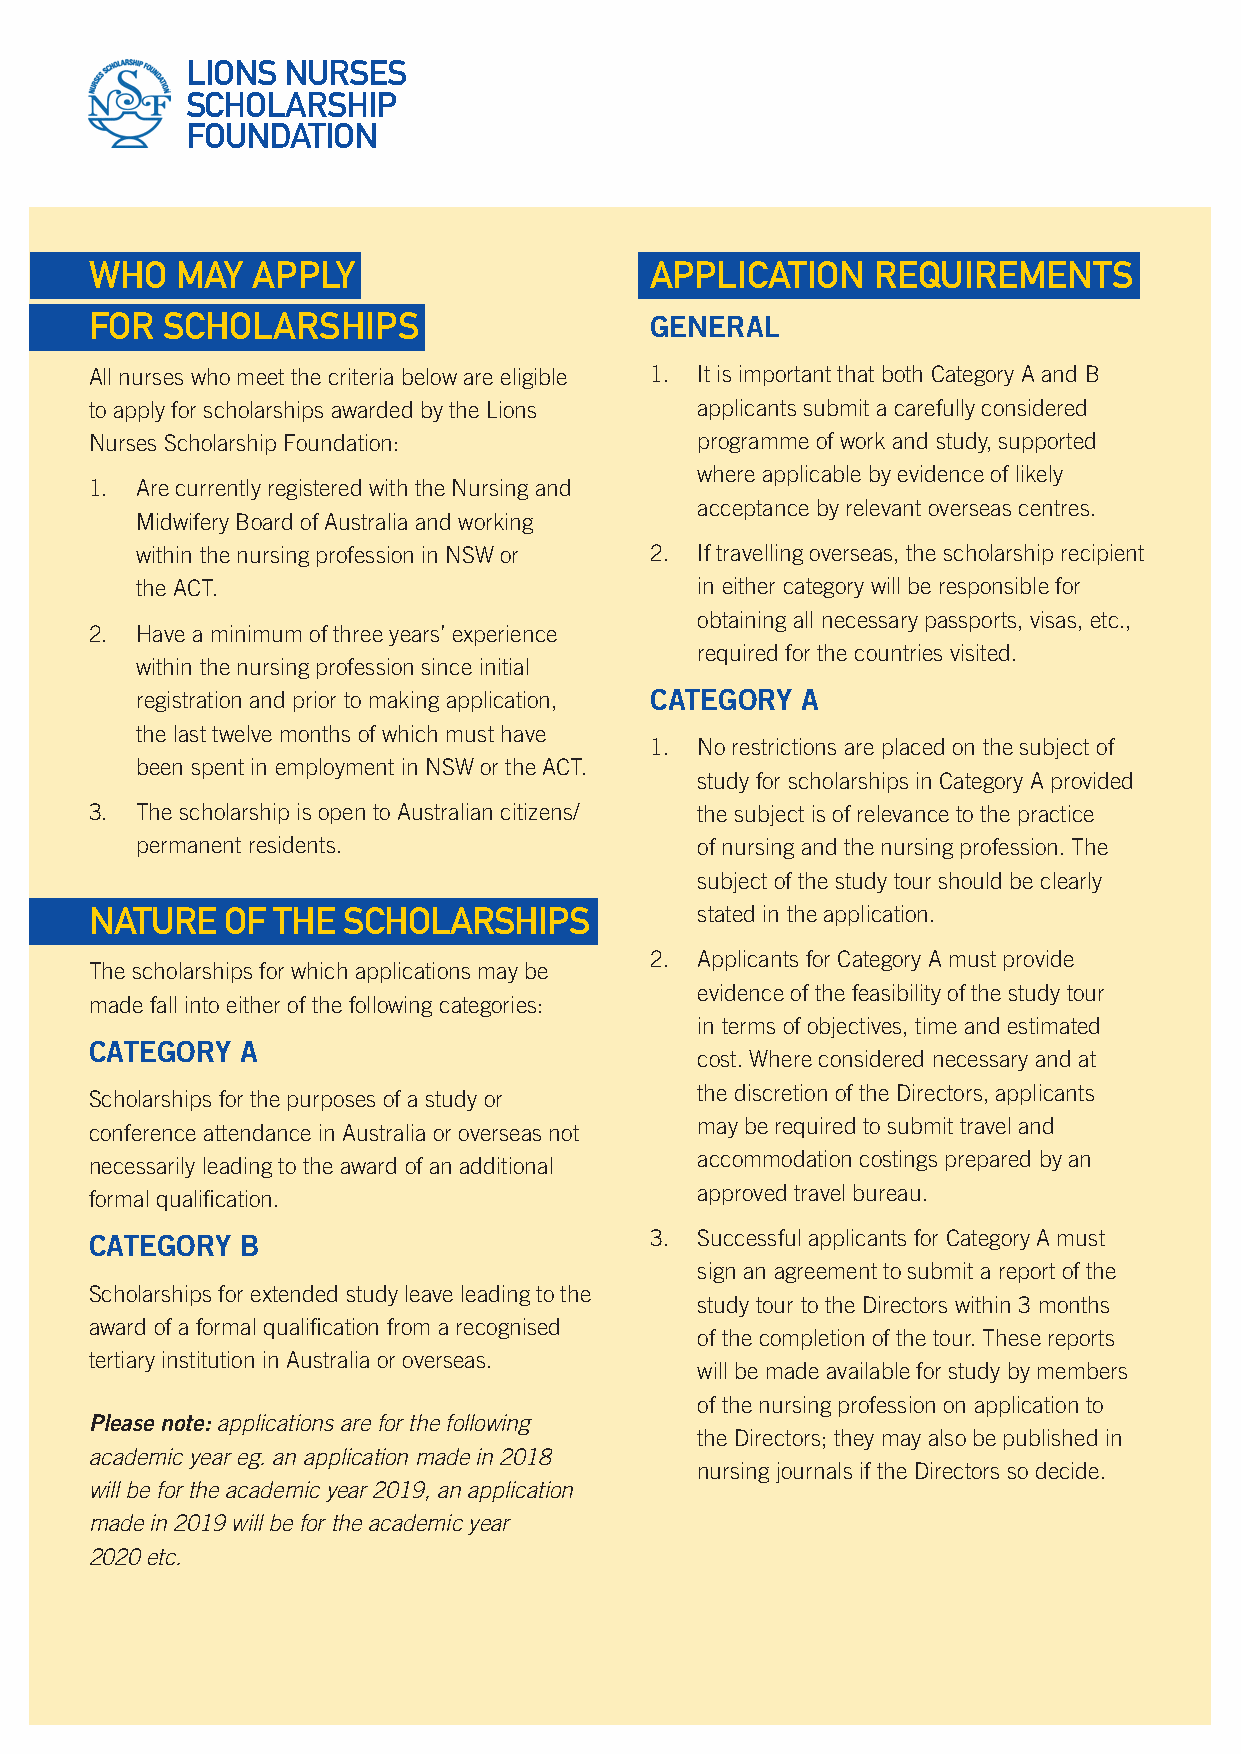
LIONS  NURSES
 SCHOLARSHIP
 FOUNDATION
 WHO   MAY  APPLY                     APPLICATION    REQUIREMENTS
 FOR  SCHOLARSHIPS                    GENERAL
 All nurses who meet the criteria below are eligible 1. It is important that both Category A and B
 to apply for scholarships awarded by the Lions applicants submit a carefully considered
 Nurses Scholarship Foundation:          programme of work and study, supported
 where applicable by evidence of likely
 1. Are currently registered with the Nursing and
 acceptance by relevant overseas centres.
 Midwifery Board of Australia and working
 within the nursing profession in NSW or 2. If travelling overseas, the scholarship recipient
 the ACT.                             in either category will be responsible for
 obtaining all necessary passports, visas, etc.,
 2. Have a minimum of three years’ experience
 required for the countries visited.
 within the nursing profession since initial
 registration and prior to making application, CATEGORY A
 the last twelve months of which must have
 1. No restrictions are placed on the subject of
 been spent in employment in NSW or the ACT.
 study for scholarships in Category A provided
 3. The scholarship is open to Australian citizens/ the subject is of relevance to the practice
 permanent residents.                 of nursing and the nursing profession. The
 subject of the study tour should be clearly
 NATURE   OF THE  SCHOLARSHIPS           stated in the application.
 2. Applicants for Category A must provide
 The scholarships for which applications may be
 evidence of the feasibility of the study tour
 made fall into either of the following categories:
 in terms of objectives, time and estimated
 CATEGORY  A
 cost. Where considered necessary and at
 the discretion of the Directors, applicants
 Scholarships for the purposes of a study or
 may be required to submit travel and
 conference attendance in Australia or overseas not
 accommodation costings prepared by an
 necessarily leading to the award of an additional
 approved travel bureau.
 formal qualification.
 CATEGORY  B                          3. Successful applicants for Category A must
 sign an agreement to submit a report of the
 Scholarships for extended study leave leading to the
 study tour to the Directors within 3 months
 award of a formal qualification from a recognised
 of the completion of the tour. These reports
 tertiary institution in Australia or overseas.
 will be made available for study by members
 of the nursing profession on application to
 Please note: applications are for the following
 the Directors; they may also be published in
 academic year eg. an application made in 2018
 nursing journals if the Directors so decide.
 will be for the academic year 2019, an application
 made in 2019 will be for the academic year
 2020 etc.